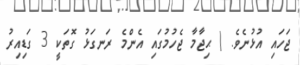
ޖަހައި އުޅުނެވެ. ( ޙިޖާމާ ޖެހުމުގައި އެންމެ ރަނގަޅު ގޮތަކީ 3 ގަޑިއިރު